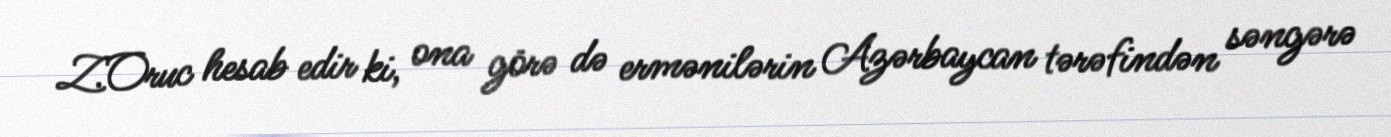
Z.Oruc hesab edir ki, ona görə də ermənilərin Azərbaycan tərəfindən səngərə